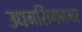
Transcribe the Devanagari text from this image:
उधमसिंगनगर